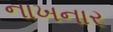
નાખનાર